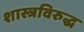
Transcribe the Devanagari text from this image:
शास्त्रविरुद्ध